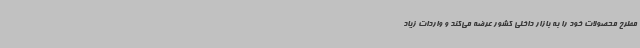
مطرح محصولات خود را به بازار داخلی کشور عرضه می‌کند و واردات زیاد